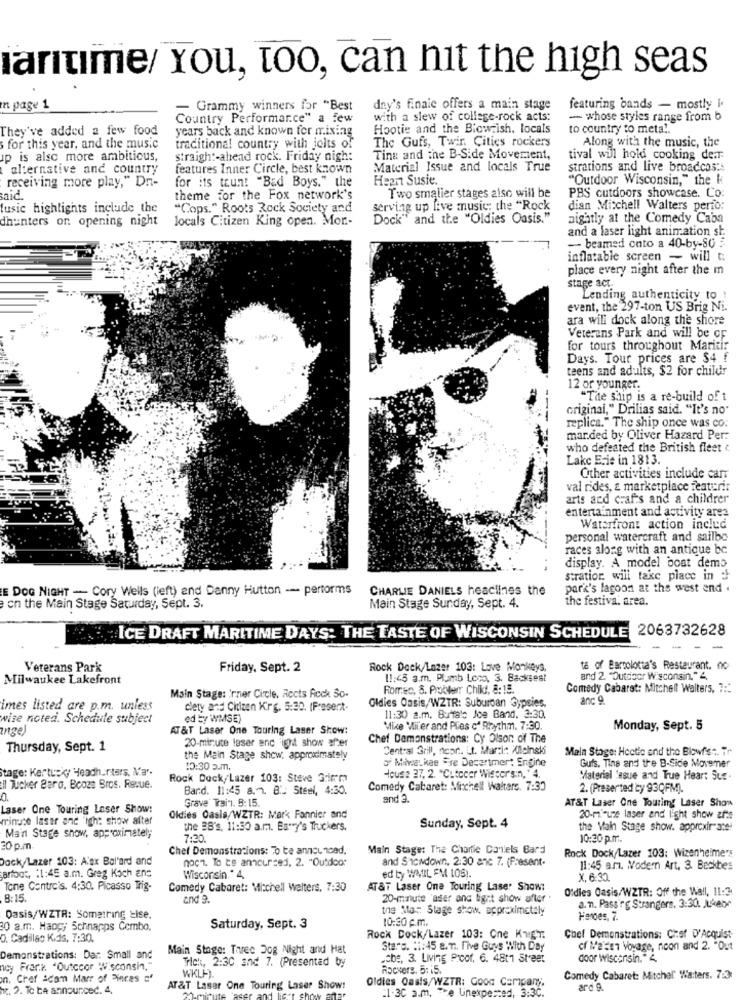
laritime/ You, too, can nit the high seas
n page 1
- Grammy winners for "Best
day's finale offers a main stage
featuring bands - mostly I.
Country Performance" a few
with a slew of college-rock acts:
- whose styles range from b
They've added a few food
years back and known for mixing
Hootie and the Blowfish. locals
to country to meta ..
The Gufs, Twir. Cities rockers
Along with the music, the
for this year, and the music
traditional country with jolts of
ap is alsc more ambitious,
straight-ahead rock. Friday nigh:
Tina and the B-Side Movement,
tival will hold cooking der
alternative and country
features Inner Circle, best known
Material Issue and locals True
strations and live broadcos:
receiving more play," Dn-
for its taunt "Bad Boys." the
Heart Susie.
"Outdoor Wisconsin," the H
said.
theme for the Fox network's
Two smaller stages also will be
PBS cutdoors showcase. Co:
tusic highlights include the
"Cops." Roots Rock Society and
serving up Live music: the "Rock
dian Mitchell Walters perfo:
dhunters on opening night
locals Citizen King open. Mor-
Dock" and the "Oldies Oasis."
nightly at the Comedy Caba
and a laser light animation st.
- beamed onto a 40-by-80 :
inflatable screen - will t:
place every night after the m
stage act.
Lending authenticity to !
event, the 297-ton US Brig Ni.
ara wili dock along the shore
Veterans Park and will be or
for tours throughout Mariti:
Days. Tour prices are $4 f
teens and adults, $2 for childr
12 or younger.
"The ship is a re-build of t
original," Drilias said. "It's no"
replica." The ship once was co:
mar.ded by Oliver Hazard Per:
who defeated the British fleet
Lake Erie in 1813.
Other activities include carr
val rides, & marketplace featurir
arts and crafts and a childrer
entertainment and activity ares
Waterfront action includ
personal watercraft and sailbo
races along with an antique bc
display. A model boat demo
stratior, will take place in :+
E DOG NIGHT - Cory Wells (left) and Danny Hutton -- performs
CHARLIE DANIELS headlines the
park's lagoon at the west end .
the festiva. area.
on the Main Stage Saturday, Sept. 3.
Main Stage Sunday, Sept. 4.
ICE DRAFT MARITIME DAYS: THE TASTE OF WISCONSIN SCHEDULE 2063732628
Veterans Park
Friday, Sept. 2
Rock Dock/Lazer 103: Love Monkeys,
ta of Barcolotta's Restaurant. no
Milwaukee Lakefront
11:45 a.m. Plumb Lovo, 3. Backsest
and 2. "Outdoor Wisconsin." 4.
Main Stage: rner Circle, Accts Rock So.
Romeo, 8. Problerr Child, 8:15.
Comedy Cabaret: Mitchell Walters, 7 ::
anc o.
imes listed are p.m. unless
clety and Citizen Kirg. 5:30. (Frasert-
Oldies Oasis/WZTR: Suburban Gypsies,
wise noted. Schedule subject
ed by WMSE)
11:30 a.m. Buffalo Joe Band. 3:30.
nge)
AT &T Laser One Touring Laser Show:
Mike Mil'er and Plies c' Rhythm. 7:30.
Monday, Sept. 5
20-minute laser anc ighit show after
Chef Demonstrations: Cy Olson: of The
Thursday, Sept. 1
Central Grill, neor .. Lt. Marzi: Allcinski
Main Stage: Hcctie and the Blowfs :. Tr
the Main Stage show. approximately
of Miwaukee Fre Decartmert Engine
Gufs, Tine and the B-Side Movemer
Stage: Kerturkey Headhunters, Ma'.
10:30 5.m.
Rock Dock/Lazer 103: Steve 3mm
House 27, 2. "Cutecer Wissers:n, ' 4,
Materiel 'asue and True Heart Sue.
Il Tucker Baro, Booze Bros. Revue.
Bard. 11:45 a.m. B. Steel, 4:30.
Comedy Cabaret: Mitchell Walters. 7:30
2. (Preserted cy 93QFM).
0
Grave Train. 5:15.
and 3.
AT&T Laser One Touring Laser Show
Laser One Touring Loser Show:
minute lasar anc "igh: show after
Oldies Oasis/WZTR: Mar' Fannier and
20-minute laser and light show afte
the 28's, 11:30 a.m. Es.ey's Truckers.
Sunday, Sept. 4
the Main Stage show. approxir-ate
Main Stage show, approximately
7:20
10:30 p.m.
20 p.m.
Chef Demonstrations: To be announced.
Main Stage: The Charlie Coniels Bard
Rock Dock Lazer 103: Wizenheimers
Dock/Lazer 103: A:ox Bol'ard and
noch. To be announced, 2. "Outdoor
and Showdown, 2:30 anc 7. (Present-
arfoot, : 1:45 a.m. Greg Koch ans
11:45 am. Modern Art. 3. Beckbes
Wisconsin." 4,
ed by WAUIL FM 105).
X, 6:32.
Tone Contre's. 4:30. Picasso Trig-
Comedy Cabaret: Mitchell Welters, 7:30
AT&T Laser One Touring Lase' Show:
Ofdies Oasis/WZTR: Off the Wall, 11:3.
8:15
and 9.
20-minute 'aser and ligrt show after .
the Ma: Stage show, approximately
a. n. Pass'rg Strangers, 3:30. Jukebe
Oasis/WZTR: Somatring Lise.
10:30 c.m.
Heroes, 7.
30 a.m. Haogy Schnapps Combo,
Saturday, Sept. 3
D. Cadillac Kids, 7:30.
Rock Dock/Lazer 103: Cne Kuigr.
Chef Demonstrations: Chef D'Acquist-
Main Stage: Three Dog Night and Hat
Stare. 11: 45 a.m. Five Guys With Day
cf Maisen Voyage, noon and 2. "Out
Demonstrations: Dar: Small and
Trick, 2:30 and 7. (Presented by
che, 3. Living Proof, 6. 4811 Street
door wisconsin." 4.
ncy Frank. "Outccor Wisconsin,"
WKLH).
Rocvers. 5: 15.
n. Chef scom Marr of Pinces :'
Oldies Oasis/WZTR: Good Company,
Comedy Cabaret: Mitchel' Waters. 7:3
. 2. To be announced. 4,
AT&T Laser One Touring Laser Show!
:1.3C a.m. The Unexpected, 3:3
ard e.